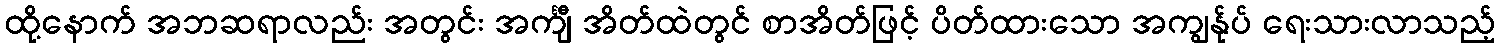
ထို့နောက် အဘဆရာလည်း အတွင်း အင်္ကျီ အိတ်ထဲတွင် စာအိတ်ဖြင့် ပိတ်ထားသော အကျွန်ုပ် ရေးသားလာသည့်